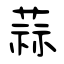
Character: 蒜